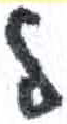
אות: ל